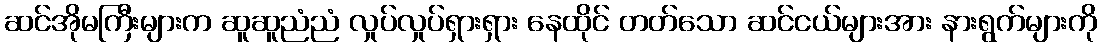
ဆင်အိုမကြီးများက ဆူဆူညံညံ လှုပ်လှုပ်ရှားရှား နေထိုင် တတ်သော ဆင်ငယ်များအား နားရွက်များကို